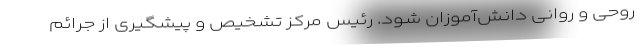
روحی و روانی دانش‌آموزان ‌شود. رئیس مرکز تشخیص و پیشگیری از جرائم